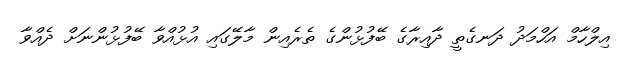
އިލްހާމް އަހްމަދު ދަނގެތީ ދާއިރާގެ ބޭފުޅުންގެ ތެރެއިން މާލޭގައި އުޅުއްވާ ބޭފުޅުންނަށް ދެއްވާ